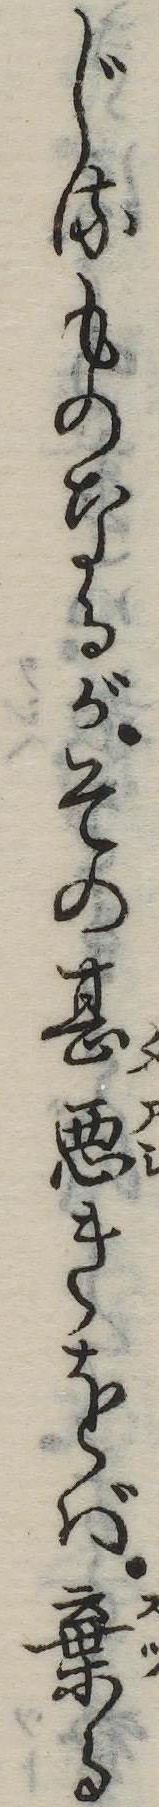
じるものなるがその甚悪きをば棄る